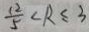
\frac { 1 2 } { 5 } \angle R \leq 3